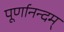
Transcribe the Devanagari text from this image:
पूर्णानन्दम्